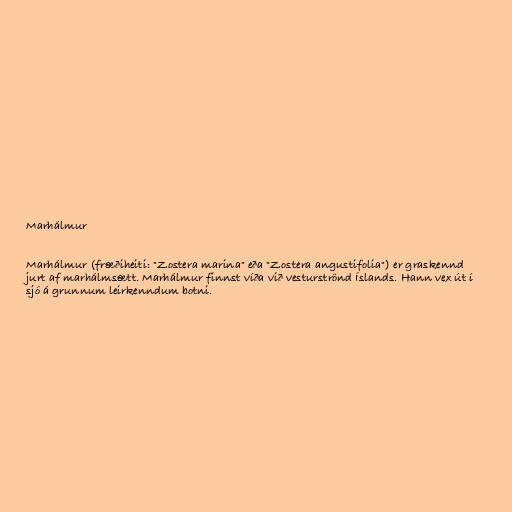
Marhálmur

Marhálmur (fræðiheiti: "Zostera marina" eða "Zostera angustifolia") er graskennd
jurt af marhálmsætt. Marhálmur finnst víða við vesturströnd Íslands. Hann vex út í
sjó á grunnum leirkenndum botni.